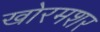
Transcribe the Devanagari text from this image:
खोरमशर